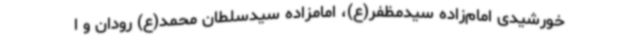
خورشیدی امام‌زاده سیدمظفر(ع)، امامزاده سیدسلطان محمد(ع) رودان و ا